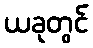
ယခုတွင်